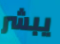
يبشر